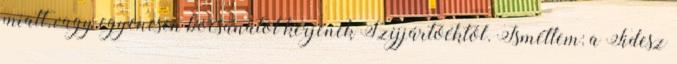
miatt, vagy egyenesen bocsánatot kérjenek Szijjártóéktól. Ismétlem: a Fidesz